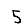
Digit: 5